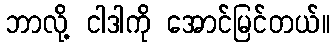
ဘာလို့ ငါဒါကို အောင်မြင်တယ်။